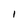
Character: I